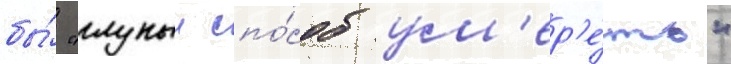
бы́ "глупыи спо́соб ум'ер'е́ть"